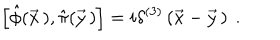
LaTeX: \left[ \hat { \phi } ( \vec { x } \, ) , \hat { \pi } ( \vec { y } \, ) \right] = i \delta ^ { ( 3 ) } \left( \vec { x } - \vec { y } \, \right) \ .